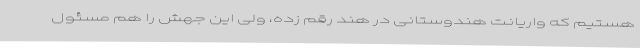
هستیم که واریانت هندوستانی در هند رقم زده، ولی این جهش را هم مسئول